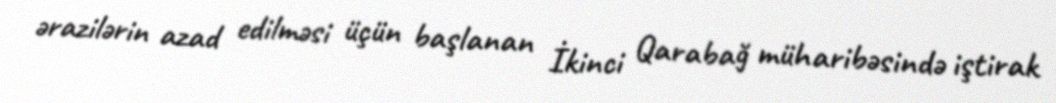
ərazilərin azad edilməsi üçün başlanan İkinci Qarabağ müharibəsində iştirak